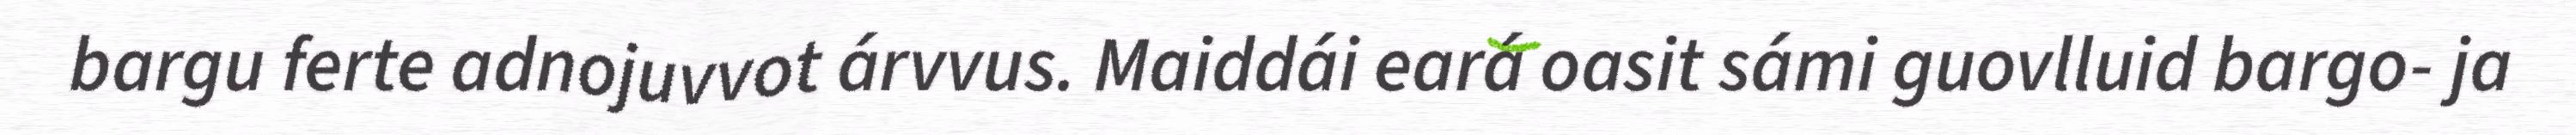
bargu ferte adnojuvvot árvvus. Maiddái eará oasit sámi guovlluid bargo- ja